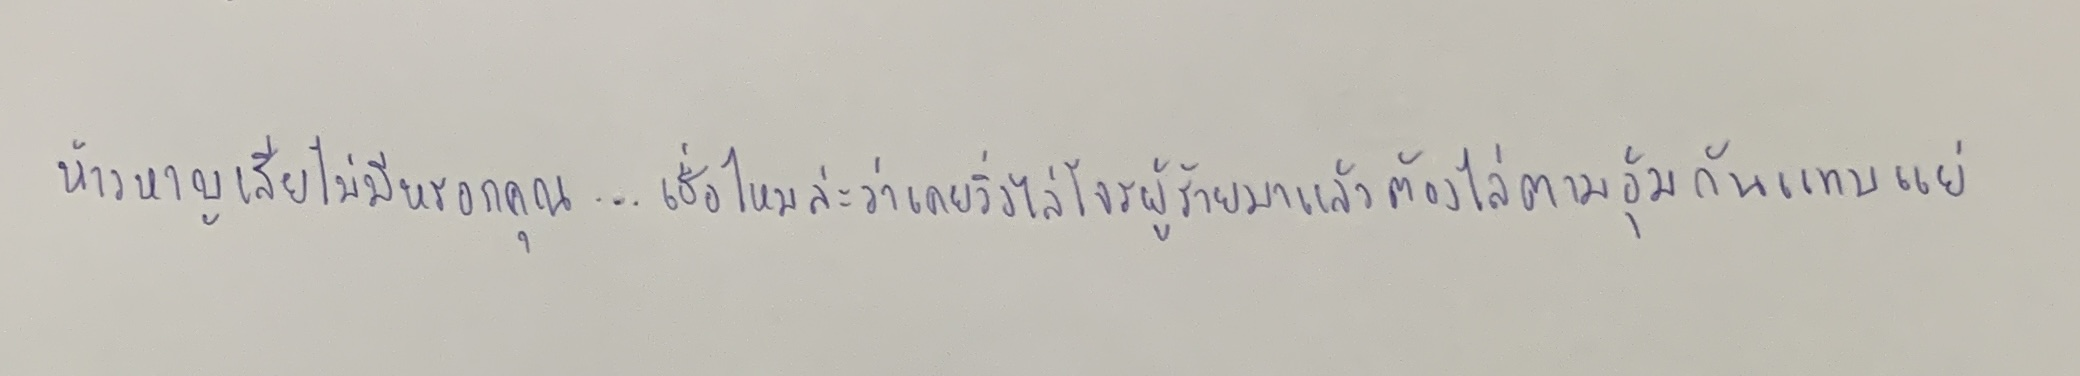
ห้าวหาญเสียไม่มีหรอกคุณ...เชื่อไหมล่ะว่าเคยวิ่งไล่โจรผู้ร้ายมาแล้วต้องไล่ตามอุ้มกันแทบแย่